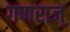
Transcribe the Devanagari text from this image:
गणराज्